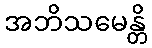
အဘိသမေန္တိ